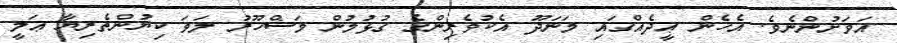
އަވަށުންނެވެ. އެހެން ޢީދެއްގައި މަނަދޫ އެކުވެރިންގެ ގުޅުމުން މަޝްހޫރު ލަވަ ކިޔުންތެރިޔާ ޢަލީ